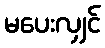
မပေးလျှင်